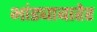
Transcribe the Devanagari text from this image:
भांड्याबाहेर